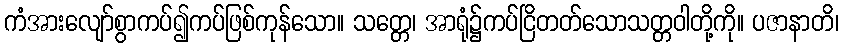
ကံအားလျော်စွာကပ်၍ကပ်ဖြစ်ကုန်သော။ သတ္တေ၊ အာရုံ၌ကပ်ငြိတတ်သောသတ္တဝါတို့ကို။ ပဇာနာတိ၊